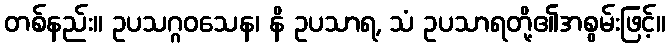
တစ်နည်း။ ဥပသဂ္ဂဝသေန၊ နိ ဥပသာရ, သံ ဥပသာရတို့၏အစွမ်းဖြင့်။